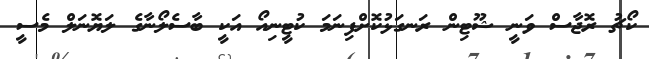
ކޯޗު ރޮޖާސް ވަނީ ޝޫޓިން ރަނގަޅުކޮށްފިނަމަ ކުޓީނިއޯ އަކީ ބާސެލޯނާގެ ލަޔޮނަލް މެސީ